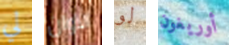
لي الآوان لو أوريغون